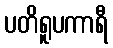
ပတိရူပကာရီ